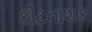
કીટનાશક